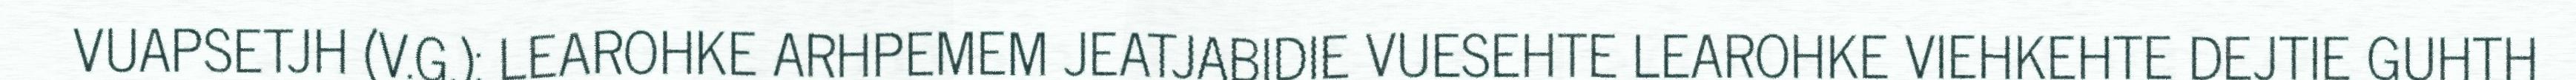
VUAPSETJH (V.G.): LEAROHKE ARHPEMEM JEATJABIDIE VUESEHTE LEAROHKE VIEHKEHTE DEJTIE GUHTH